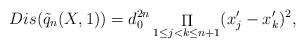
LaTeX: \begin{align*}Dis(\tilde{q}_{n}(X, 1)) = d_0^{2n} \mathop{\Pi} _{1 \le j < k \le n+1}(x'_j - x'_k)^2,\end{align*}